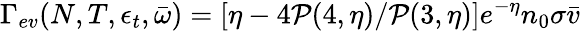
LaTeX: \Gamma_{ev}(N,T,\epsilon_{t},\bar{\omega})=[\eta-4\mathcal{P}(4,\eta)/\mathcal{P}(3,\eta)]e^{-\eta}n_{0}\sigma\bar{v}